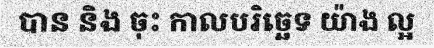
បាន និង ចុះ កាលបរិច្ឆេទ យ៉ាង ល្អ